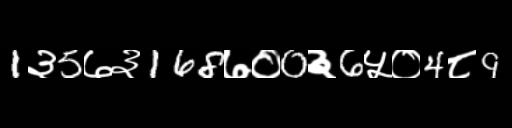
Text: 1३5७३168७०0३6५०4८9